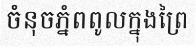
ចំនុចភ្នំពពូលក្នុងព្រៃ